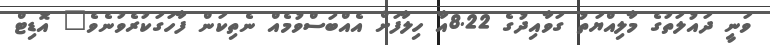
ވަނީ ދައުލަތުގެ މާލިއްޔަތު ގަވާއިދުގެ 8.22އާ ހިލާފަށް އެއްބަސްވުމެއް ނެތިކަން ފާހަގަކުރެވުނެވެ" އޮޑިޓް